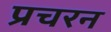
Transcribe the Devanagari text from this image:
प्रचरन